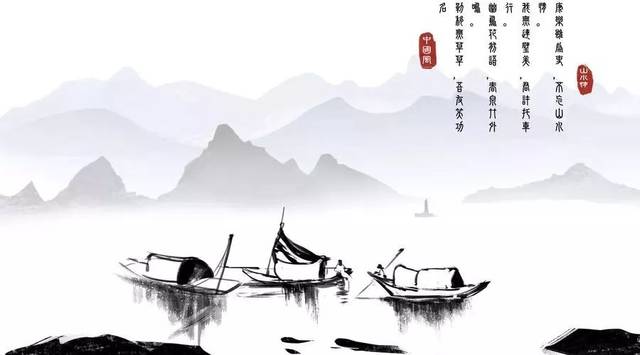
有恒产者有恒心，无恒产者无恒心。苟无恒心，放辟邪侈，无不为已。